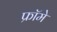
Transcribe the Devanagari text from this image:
फ्रॉमे